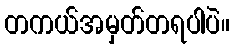
တကယ်အမှတ်တရပါပဲ။